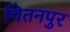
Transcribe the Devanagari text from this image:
चितनपुर